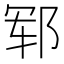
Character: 郓